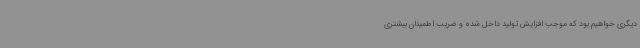
دیگری خواهیم بود که موجب افزایش تولید داخل شده و ضریب اطمینان بیشتری